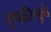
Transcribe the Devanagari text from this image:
हुषारिमुळे